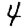
Digit: 4